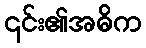
၎င်း၏အဓိက